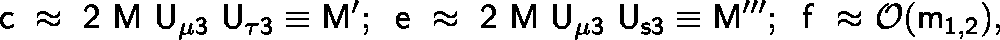
\mathsf { c ~ \approx ~ 2 ~ M ~ U _ { \mu 3 } ~ U _ { \tau 3 } } \equiv \mathsf { M ^ { \prime } } ; \; \; \mathsf { e ~ \approx ~ 2 ~ M ~ U _ { \mu 3 } ~ U _ { s 3 } } \equiv \mathsf { M ^ { \prime \prime \prime } } ; \; \; \mathsf { f ~ \approx ~ } \mathcal { O } ( \mathsf { m _ { 1 , 2 } } ) ,